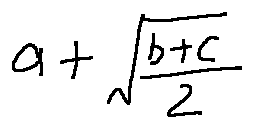
a + \frac { \sqrt { b + c } } { 2 }